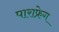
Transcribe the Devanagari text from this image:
पाराफ्रेग